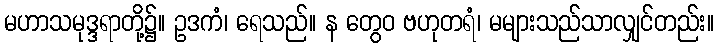
မဟာသမုဒ္ဒရာတို့၌။ ဥဒကံ၊ ရေသည်။ န တွေဝ ဗဟုတရံ၊ မများသည်သာလျှင်တည်း။